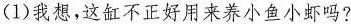
(1)我想，这缸不正好用来养小鱼小虾吗?